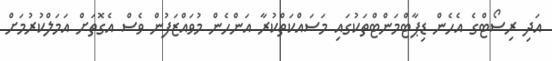
އަދި ރިސޯޓްގެ އެހެން ޑިޕާޓްމަންޓްތަކުގައި މަސައްކަތްކުރާ އަންހެން މުވައްޒަފުން ވެސް އެގޮތަށް އަމަލްކުރުމަށް